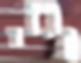
וגזי